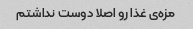
مزه‌ی غذا رو اصلا دوست نداشتم